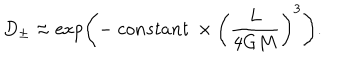
D _ { \pm } \approx \exp \left( - \ c o n s t a n t \ \times \left( \frac { L } { 4 G M } \right) ^ { 3 } \right) .